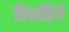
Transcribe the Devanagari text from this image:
हिसशिगे